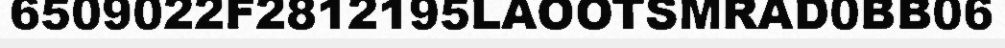
6509022F2812195LAOOTSMRAD0BB06